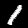
Digit: 1